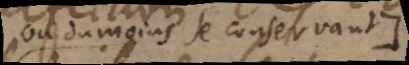
ou du moins se conservant),